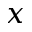
x